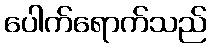
ပေါက်ရောက်သည်